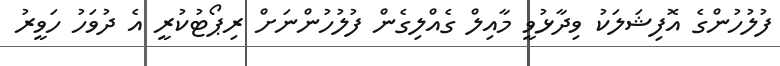
ފުލުހުންގެ އޮފިޝަލަކު ވިދާޅުވީ މާއިލް ގެއްލިގެން ފުލުހުންނަށް ރިޕޯޓުކުރީ އެ ދުވަހު ހަވީރު